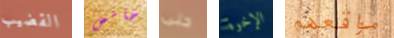
القضيب خامس حتى الإخوة مواقعهم